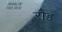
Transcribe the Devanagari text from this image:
रौड